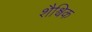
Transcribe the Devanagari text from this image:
शैश्विक